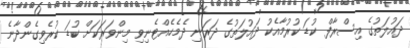
ދައުލަތުގެ އިސްރާފް ކުޑަ ކުރުމާއެކު ދައުލަތުގެ ދަރަނި ދެމެހެއްޓެނިވި މިންވަރަކަށް ކުޑަ ކުރެވިގެންދާނެ